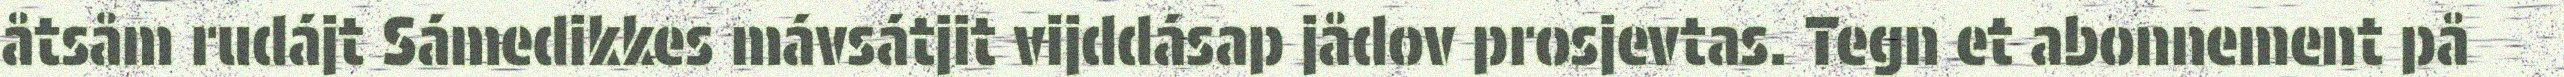
åtsåm rudájt Sámedikkes mávsátjit vijddásap jådov prosjevtas. Tegn et abonnement på